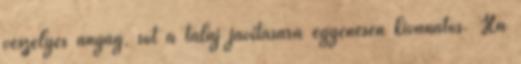
veszélyes anyag, sőt a talaj javítására egyenesen kívánatos. Ha